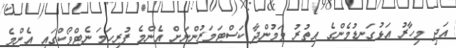
އަދި މިހާރު އަޅުގަނޑުމެންގެ އިތުރު ވަމުންދާ ކަސްޓަމަރުންނަށް އެންމެ ފުރިހަމަ ނެޓްވޯކްގައި އެންމެ